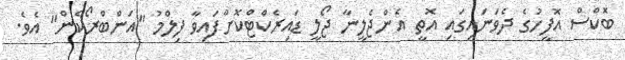
ބޮކްސް އޮފީހުގެ ދެވަނައިގައި އޮތީ އެންޖެލީނާ ޖޯލީ ޑައިރެކްޓްކޮށްފައިވާ ފިލްމު "އަންބްރޯކެން" އެވެ.